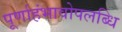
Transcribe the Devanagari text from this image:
पूर्णाहंभावोपलब्धि